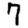
Digit: 7